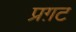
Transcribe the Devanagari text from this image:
प्रग़ट